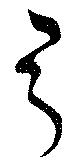
弓